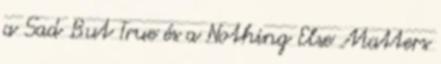
a Sad But True és a Nothing Else Matters